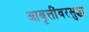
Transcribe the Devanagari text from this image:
आवृत्तींवरसुद्धा